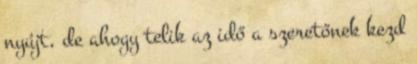
nyújt, de ahogy telik az idő a szeretőnek kezd